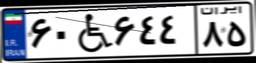
۹۹W۱۲۱۰۴